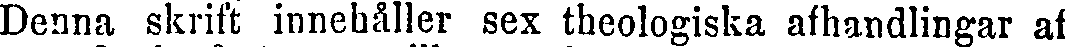
Denna skrift innehåller sex theologiska afhandlingar af